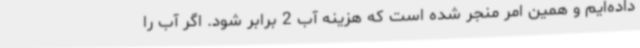
داده‌ایم و همین امر منجر شده است که هزینه آب 2 برابر شود. اگر آب را